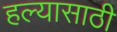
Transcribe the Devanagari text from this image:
हल्यासाठी